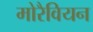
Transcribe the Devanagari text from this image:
मोरैवियन